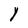
Character: Y